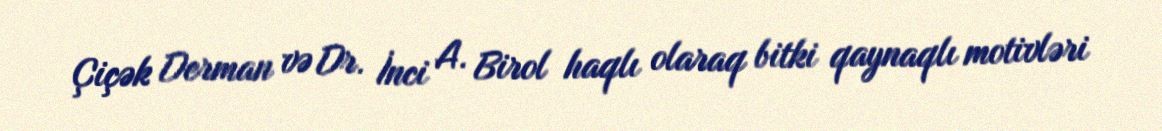
Çiçək Derman və Dr. İnci A. Birol haqlı olaraq bitki qaynaqlı motivləri